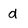
Character: d